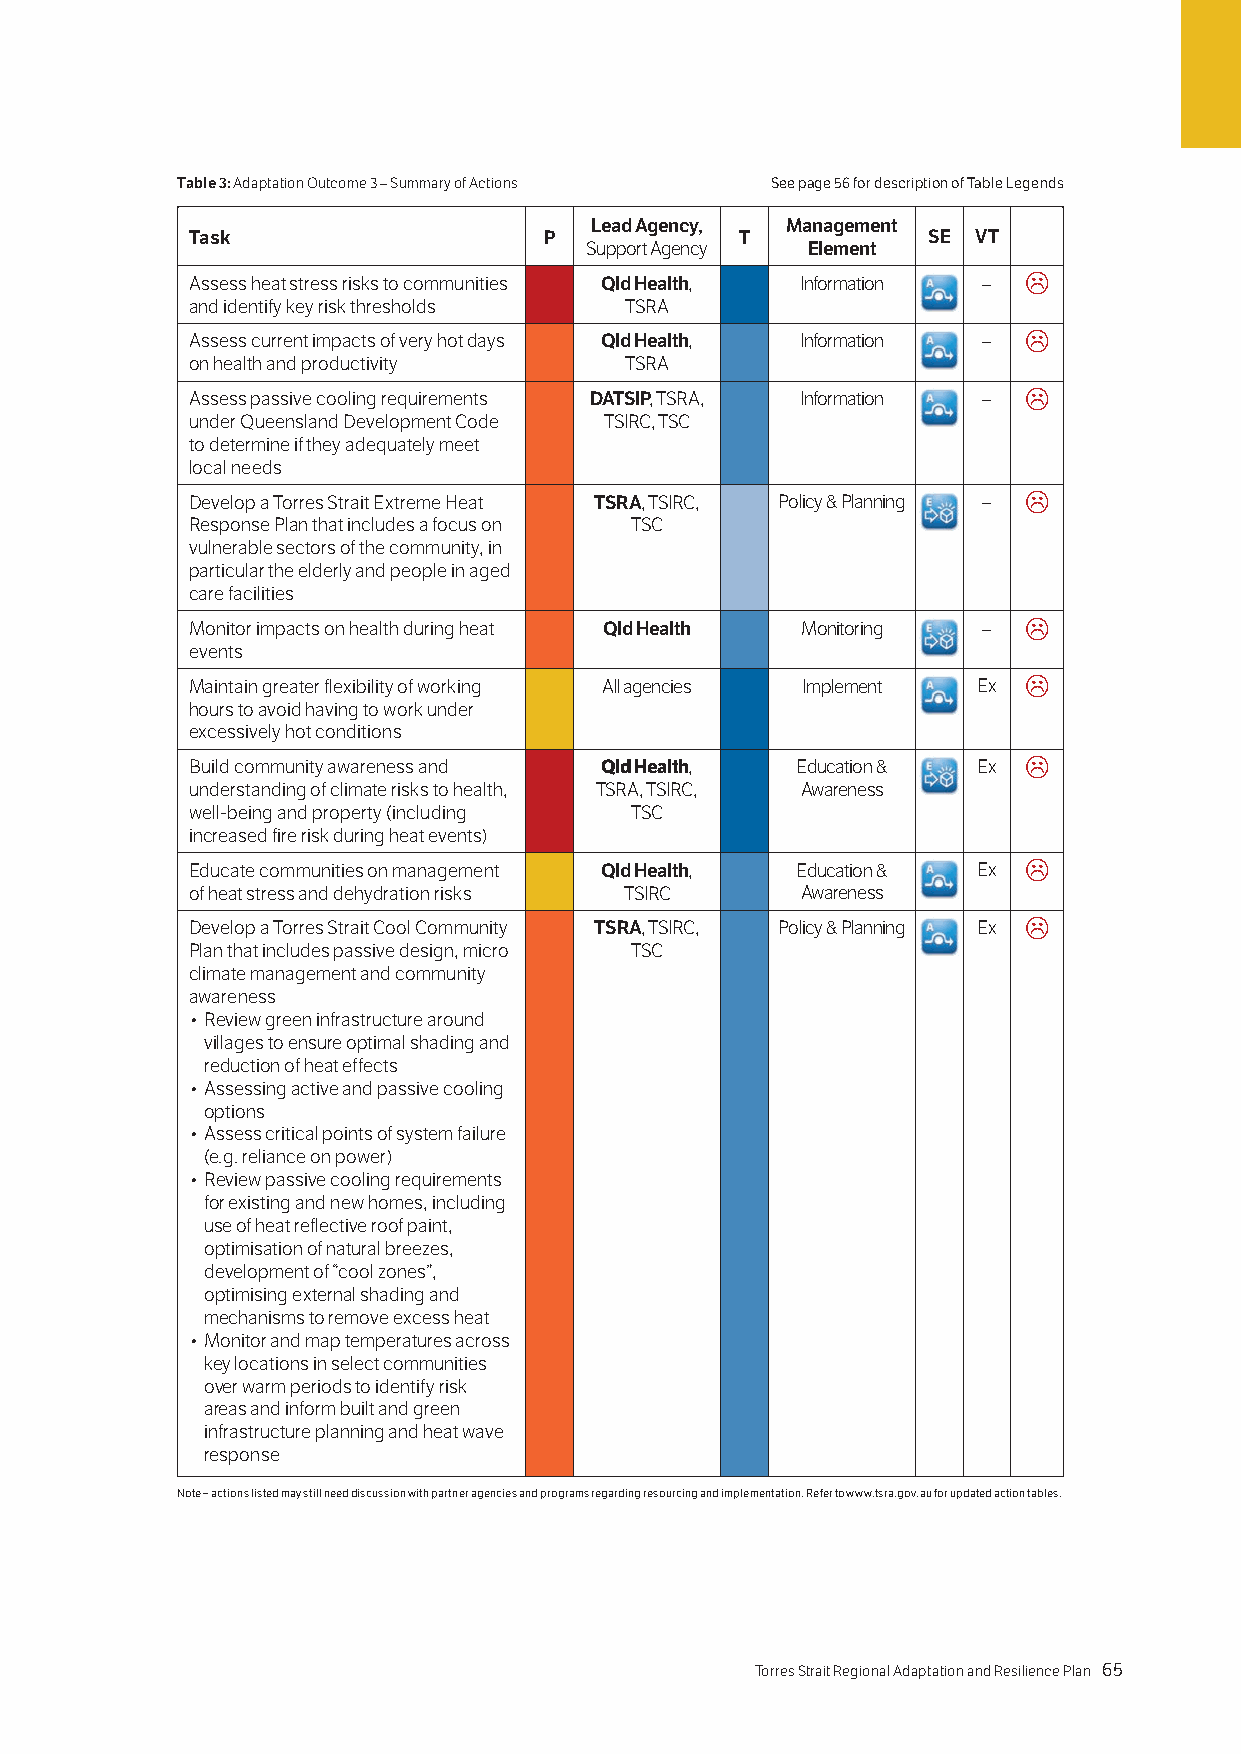
Table 3: Adaptation Outcome 3 – Summary of Actions See page 56 for description of Table Legends
 Lead Agency, Management
 Task                   P            T           SE VT
 Support Agency Element
 Assess heat stress risks to communities Qld Health, Information – 
 and identify key risk thresholds TSRA
 Assess current impacts of very hot days Qld Health, Information – 
 on health and productivity  TSRA
 Assess passive cooling requirements DATSIP, TSRA, Information – 
 under Queensland Development Code TSIRC, TSC
 to determine if they adequately meet
 local needs
 Develop a Torres Strait Extreme Heat TSRA, TSIRC, Policy & Planning – 
 Response Plan that includes a focus on TSC
 vulnerable sectors of the community, in
 particular the elderly and people in aged
 care facilities
 Monitor impacts on health during heat Qld Health Monitoring – 
 events
 Maintain greater flexibility of working All agencies Implement Ex 
 hours to avoid having to work under
 excessively hot conditions
 Build community awareness and Qld Health, Education & Ex 
 understanding of climate risks to health, TSRA, TSIRC, Awareness
 well-being and property (including TSC
 increased fire risk during heat events)
 Educate communities on management Qld Health, Education & Ex 
 of heat stress and dehydration risks TSIRC Awareness
 Develop a Torres Strait Cool Community TSRA, TSIRC, Policy & Planning Ex 
 Plan that includes passive design, micro TSC
 climate management and community
 awareness
 • Review green infrastructure around
 villages to ensure optimal shading and
 reduction of heat effects
 • Assessing active and passive cooling
 options
 • Assess critical points of system failure
 (e.g. reliance on power)
 • Review passive cooling requirements
 for existing and new homes, including
 use of heat reflective roof paint,
 optimisation of natural breezes,
 development of “cool zones”,
 optimising external shading and
 mechanisms to remove excess heat
 • Monitor and map temperatures across
 key locations in select communities
 over warm periods to identify risk
 areas and inform built and green
 infrastructure planning and heat wave
 response
 Note – actions listed may still need discussion with partner agencies and programs regarding resourcing and implementation. Refer to www.tsra.gov.au for updated action tables.
 64 Torres Strait Regional Adaptation and Resilience Plan Torres Strait Regional Adaptation and Resilience Plan 65